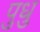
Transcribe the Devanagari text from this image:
पुधु